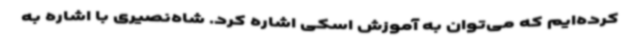
کرده‌ایم که می‌توان به آموزش اسکی اشاره کرد. شاه‌نصیری با اشاره به